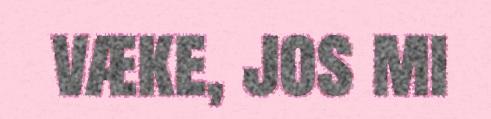
væke, jos mi